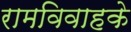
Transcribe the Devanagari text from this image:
रामविवाहके